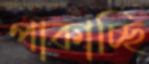
পাকাচ্ছি